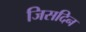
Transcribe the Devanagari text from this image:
जिसदिन